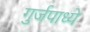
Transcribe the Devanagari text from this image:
गुर्जपाध्ये